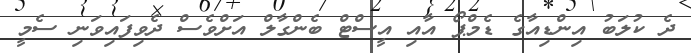
ދެ ކުލަބު އިންޑިއާގެ ޑެމްޕޯ އާއި އީސްޓް ބެންގާލް އަށްވެސް ދެވިފައިވަނި ސެމީ